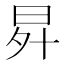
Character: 𭥧